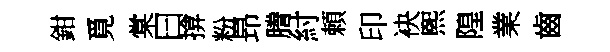
鉗覓棠曰揜粉昻謄紂頼印袂煕隍業齒